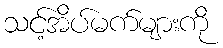
သင့်အိပ်မက်များကို